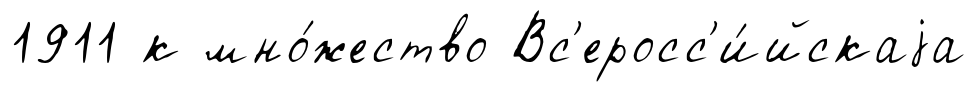
1911 к мно́жество Вс'еросс'и́йскаjа